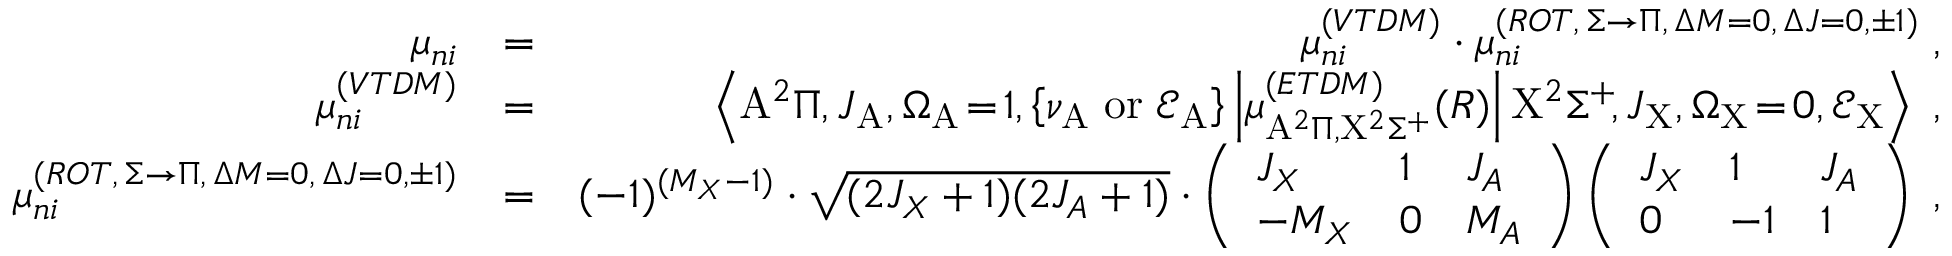
\begin{array} { r l r } { \mu _ { n i } } & { = } & { \mu _ { n i } ^ { ( V T D M ) } \cdot \mu _ { n i } ^ { ( R O T , \, \Sigma \rightarrow \Pi , \, \Delta { M } = 0 , \, \Delta { J } = 0 , \pm 1 ) } \; , } \\ { \mu _ { n i } ^ { ( V T D M ) } } & { = } & { \left< \mathrm { A } ^ { 2 } \Pi , J _ { \mathrm { A } } , \Omega _ { \mathrm { A } } \! = \! 1 , \left\{ \nu _ { \mathrm { A } } \mathrm { \; o r \; } \mathcal { E } _ { \mathrm { A } } \right\} \left| \mu _ { \mathrm { A } ^ { 2 } \Pi , \mathrm { X } ^ { 2 } \Sigma ^ { + } } ^ { ( E T D M ) } ( R ) \right| \mathrm { X } ^ { 2 } \Sigma ^ { + } \! , J _ { \mathrm { X } } , \Omega _ { \mathrm { X } } \! = \! 0 , \mathcal { E } _ { \mathrm { X } } \right> \; , } \\ { \mu _ { n i } ^ { ( R O T , \, \Sigma \rightarrow \Pi , \, \Delta { M } = 0 , \, \Delta { J } = 0 , \pm 1 ) } } & { = } & { ( - 1 ) ^ { ( M _ { X } - 1 ) } \cdot \sqrt { ( 2 J _ { X } + 1 ) ( 2 J _ { A } + 1 ) } \cdot \left( \begin{array} { l l l } { J _ { X } } & { 1 } & { J _ { A } } \\ { - M _ { X } } & { 0 } & { M _ { A } } \end{array} \right) \left( \begin{array} { l l l } { J _ { X } } & { 1 } & { J _ { A } } \\ { 0 } & { - 1 } & { 1 } \end{array} \right) \; , } \end{array}